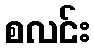
စလင်း